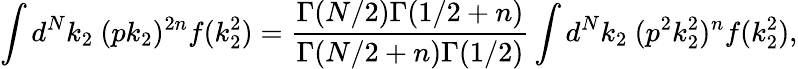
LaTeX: \int d^{N}k_{2}~(pk_{2})^{2n}f(k_{2}^{2})=\frac{\Gamma(N/2)\Gamma(1/2+n)}{\Gamma(N/2+n)\Gamma(1/2)}\int d^{N}k_{2}~(p^{2}k_{2}^{2})^{n}f(k_{2}^{2}),